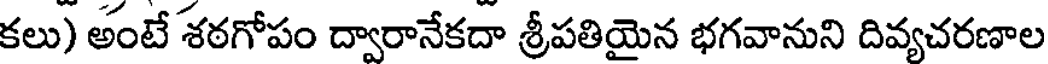
కలు) అంటే శఠగోపం ద్వారానేకదా శ్రీపతియైన భగవానుని దివ్యచరణాల